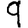
Digit: 9